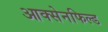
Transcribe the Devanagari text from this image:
आक्सेनफिल्ड